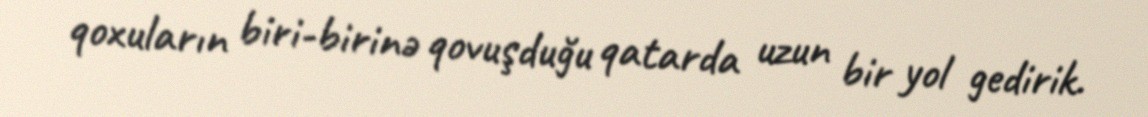
qoxuların biri-birinə qovuşduğu qatarda uzun bir yol gedirik.